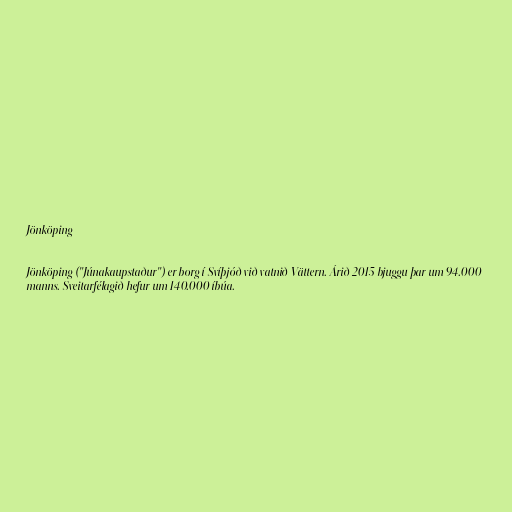
Jönköping

Jönköping ("Júnakaupstaður") er borg í Svíþjóð við vatnið Vättern. Árið 2015 bjuggu þar um 94.000
manns. Sveitarfélagið hefur um 140.000 íbúa.